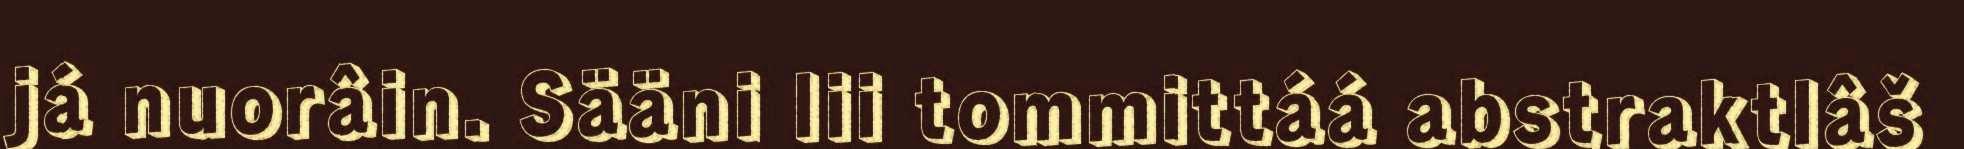
já nuorâin. Sääni lii tommittáá abstraktlâš